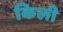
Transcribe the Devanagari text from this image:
किली